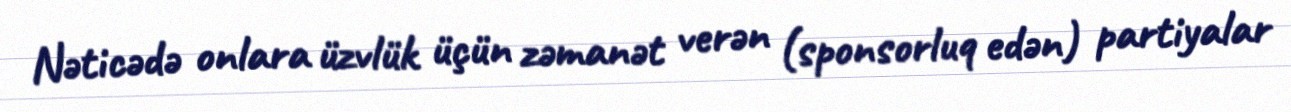
Nəticədə onlara üzvlük üçün zəmanət verən (sponsorluq edən) partiyalar